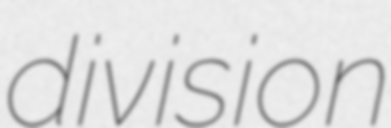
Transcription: division